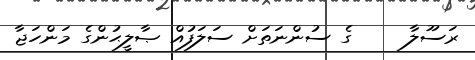
ރަސޫލާ     ގެ ސުންނަތަށް ސަލަފުއް ޞާލީޙުންގެ މަންހަޖާ